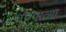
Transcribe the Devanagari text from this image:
पण्यात्मा